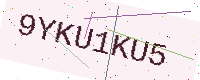
Text: 9YKU1KU5